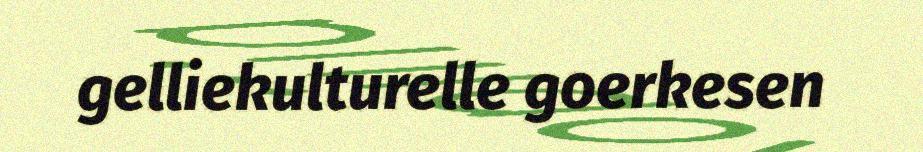
gelliekulturelle goerkesen